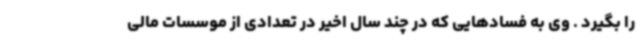
را بگیرد . وی به فسادهایی که در چند سال اخیر در تعدادی از موسسات مالی